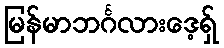
မြန်မာဘင်္ဂလားဒေ့ရှ်